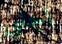
اجلبي